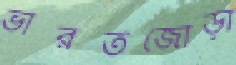
ভারতজোড়া